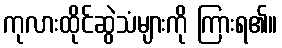
ကုလားထိုင်ဆွဲသံများကို ကြားရ၏။